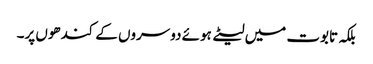
بلکہ تابوت میں لیٹے ہوئے دوسروں کے کندھوں پر۔